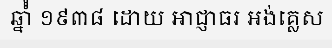
ឆ្នាំំំ ១៩៣៨ ដោយ អាជ្ញាធរ អង់គ្លេស